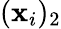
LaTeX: (\mathbf{x}_{i})_{2}